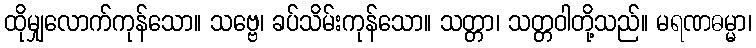
ထိုမျှလောက်ကုန်သော။ သဗ္ဗေ၊ ခပ်သိမ်းကုန်သော။ သတ္တာ၊ သတ္တဝါတို့သည်။ မရဏဓမ္မာ၊